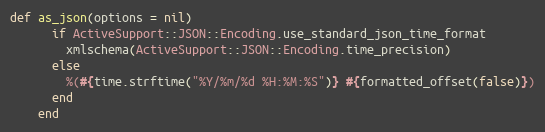
Language: Ruby
def as_json(options = nil)
      if ActiveSupport::JSON::Encoding.use_standard_json_time_format
        xmlschema(ActiveSupport::JSON::Encoding.time_precision)
      else
        %(#{time.strftime("%Y/%m/%d %H:%M:%S")} #{formatted_offset(false)})
      end
    end